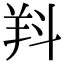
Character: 𣁵